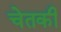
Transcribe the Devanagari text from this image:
चेतकी